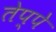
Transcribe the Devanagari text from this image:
तेप्पे